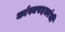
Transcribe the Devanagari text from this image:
कांस्यपदकांची